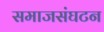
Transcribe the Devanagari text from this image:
समाजसंघटन